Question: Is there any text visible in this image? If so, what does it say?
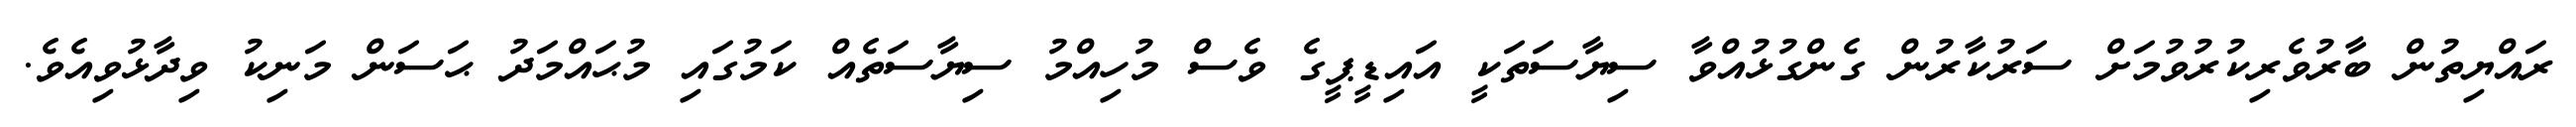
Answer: ރައްޔިތުން ބާރުވެރިކުރުވުމަށް ސަރުކާރުން ގެންގުޅުއްވާ ސިޔާސަތަކީ އައިޑީޕީގެ ވެސް މުހިއްމު ސިޔާސަތެއް ކަމުގައި މުޙައްމަދު ޙަސަން މަނިކު ވިދާޅުވިއެވެ.